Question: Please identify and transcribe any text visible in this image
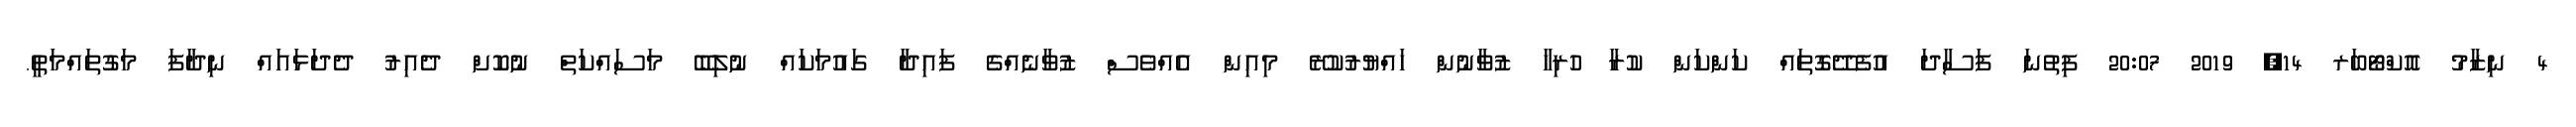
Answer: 4 ނިޒާމު އޮކްޓޯބަރ 14, 2019 20:07 ފިތުނަ ފަސާދަ އުފެދޭގޮތައް ކަންކަން ކުރާ ހުރިހާ ޒުވާނުން ހައްޔުރުކުރޭ މިއިން އެއްވެސް ޒުވާނެއްގެ ފައިދާ ގައުމަކައް ނުލިބޭ މަސައްކަތް ނުކޮށް ދެއިރު ދެދަޅައައް ނިދާފަ މަގުތައްމަތީ.